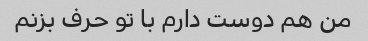
من هم دوست دارم با تو حرف بزنم